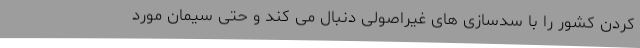
کردن کشور را با سدسازی های غیراصولی دنبال می کند و حتی سیمان مورد